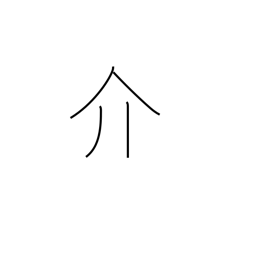
Meaning: mediate